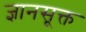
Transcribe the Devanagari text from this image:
ज्ञानसूक्त